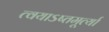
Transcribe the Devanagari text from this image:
त्वयाऽष्तमूर्त्या